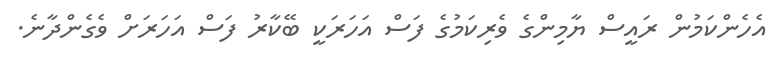
އެެހެންކަމުން ރައީސް ޔާމިންގެ ވެރިކަމުގެ ފަސް އަހަރަކީ ބޭކާރު ފަސް އަހަރަށް ވެގެންދާނެ.